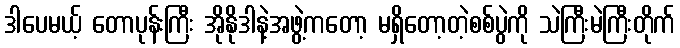
ဒါပေမယ့် တောပုန်းကြီး အိုနိုဒါနဲ့အဖွဲ့ကတော့ မရှိတော့တဲ့စစ်ပွဲကို သဲကြီးမဲကြီးတိုက်